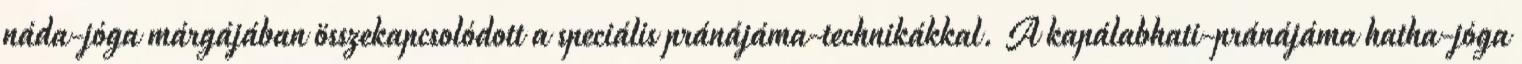
náda-jóga márgájában összekapcsolódott a speciális pránájáma-technikákkal. A kapálabhati-pránájáma hatha-jóga